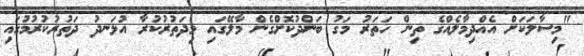
"މިސާލަކަށް އެއްދިމާލެއްގެ ތިން ހަތަރު މަގު ބަންދުކޮށްގެން މާލޭގައި މިދަތުރުކުރާ އުޅަނދު ދަތުރުކުރުމުގައި